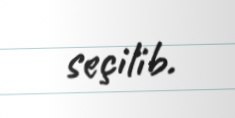
seçilib.